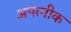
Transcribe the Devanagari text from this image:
अपत्नीक